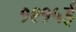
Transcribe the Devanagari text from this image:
१९१५ई